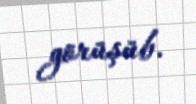
görüşüb.